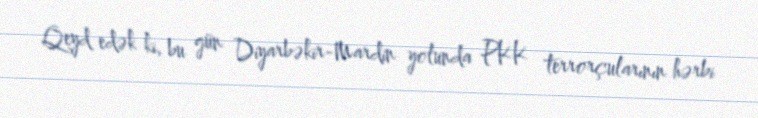
Qeyd edək ki, bu gün Diyarbəkir-Mardin yolunda PKK terrorçularının hərbi